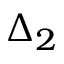
\Delta _ { 2 }